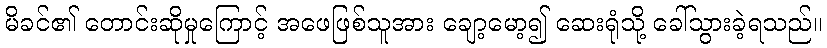
မိခင်၏ တောင်းဆိုမှုကြောင့် အဖေဖြစ်သူအား ချော့မော့၍ ဆေးရုံသို့ ခေါ်သွားခဲ့ရသည်။